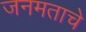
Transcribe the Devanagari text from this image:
जनमताचे